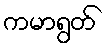
ကမာရွတ်